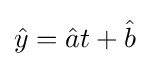
{\hat {y}}={\hat {a}}t+{\hat {b}}